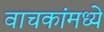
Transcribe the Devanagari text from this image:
वाचकांमध्ये